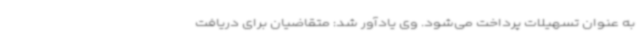
به عنوان تسهیلات پرداخت می‌شود. وی یادآور شد: متقاضیان برای دریافت